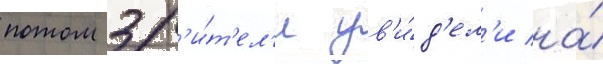
потом зр'и́т'ел'и ув'и́д'ел'и на́